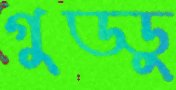
গুড্ডু